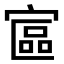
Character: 𡩾